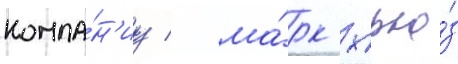
компа́н'иу / ма́рк хью́з